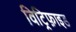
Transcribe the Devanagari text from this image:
विट्रिफ़ाइड